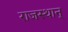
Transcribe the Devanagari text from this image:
राजस्थान्